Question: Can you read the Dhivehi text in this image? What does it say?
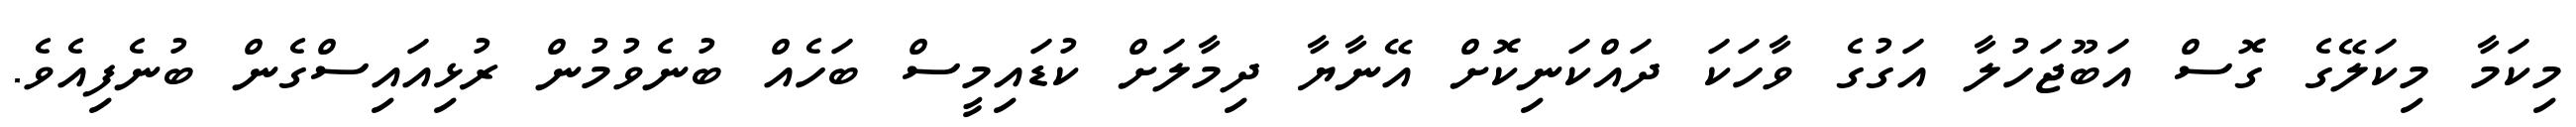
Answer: މިކަމާ މިކަލޭގެ ގޮސް އަބޫޖަހުލާ އަގުގެ ވާހަކަ ދައްކަނިކޮށް އޭނާޔާ ދިމާލަށް ކުޑައިމީސް ބަހެއް ބުނެވުމުން ރުޅިއައިސްގެން ބުނެފިއެވެ.